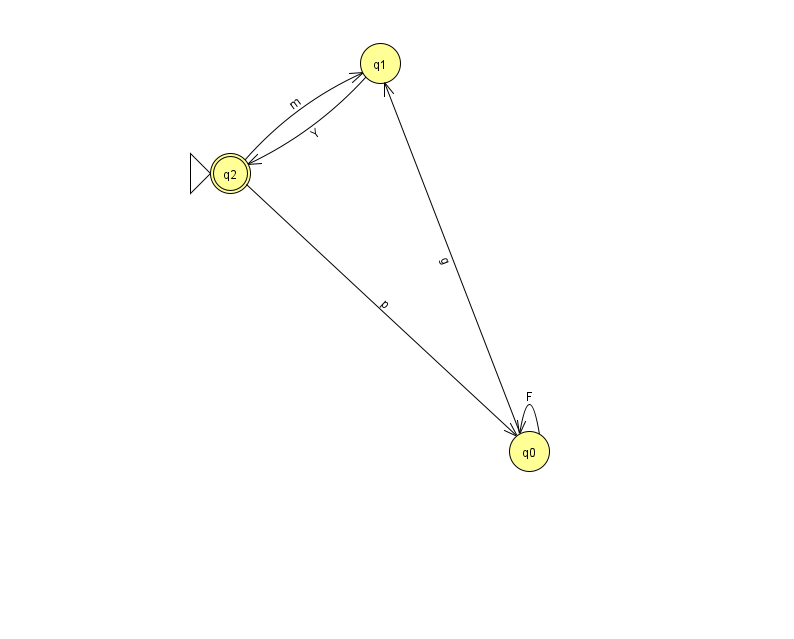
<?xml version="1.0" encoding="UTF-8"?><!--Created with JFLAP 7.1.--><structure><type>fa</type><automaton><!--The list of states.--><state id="0" name="q0"><x>529.0</x><y>438.0</y></state><state id="1" name="q1"><x>380.0</x><y>50.0</y></state><state id="2" name="q2"><x>230.0</x><y>160.0</y><initial/><final/></state><!--The list of transitions.--><transition><from>2</from><to>1</to><read>m</read></transition><transition><from>2</from><to>0</to><read>p</read></transition><transition><from>0</from><to>0</to><read>F</read></transition><transition><from>1</from><to>2</to><read>Y</read></transition><transition><from>0</from><to>1</to><read>g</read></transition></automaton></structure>